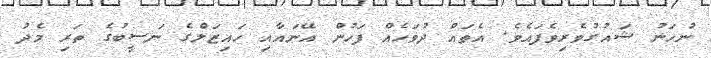
ނުހަނު ޝައުގުވެރިވެފައެވެ. އެތައް ދުވަހެއް ފަހުން އޭނައާއި ހައިޒަލްގެ ނަސީބުގެ ތަރި މެދު